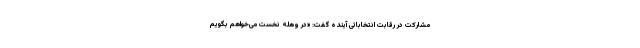
مشارکت در رقابت انتخاباتی آینده گفت: «در وهله نخست می‌خواهم بگویم